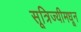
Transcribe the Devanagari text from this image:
सूत्रिज्यीमधून